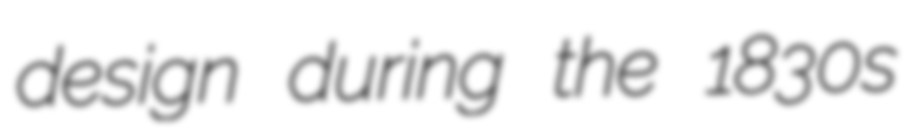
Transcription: design during the 1830s